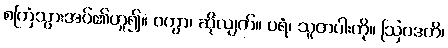
စကြံသွားအပ်၏ဟူ၍။ ဝတွာ၊ ဆိုလျက်။ ပရံ၊ သူတပါးကို။ ဩဝဒတိ၊